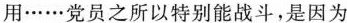
作用……党员之所以特别能战斗，是因为